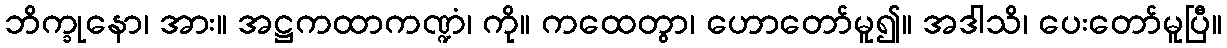
ဘိက္ခုနော၊ အား။ အဋ္ဌကထာကဏ္ဍံ၊ ကို။ ကထေတွာ၊ ဟောတော်မူ၍။ အဒါသိ၊ ပေးတော်မူပြီ။